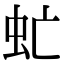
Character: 虻